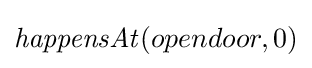
{\mathit {happensAt}}(opendoor,0)